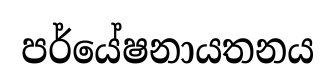
පර්යේෂනායතනය